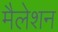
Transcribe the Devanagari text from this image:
मैलेशन